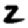
Digit: 2